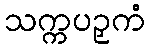
သက္ကပဉှကံ